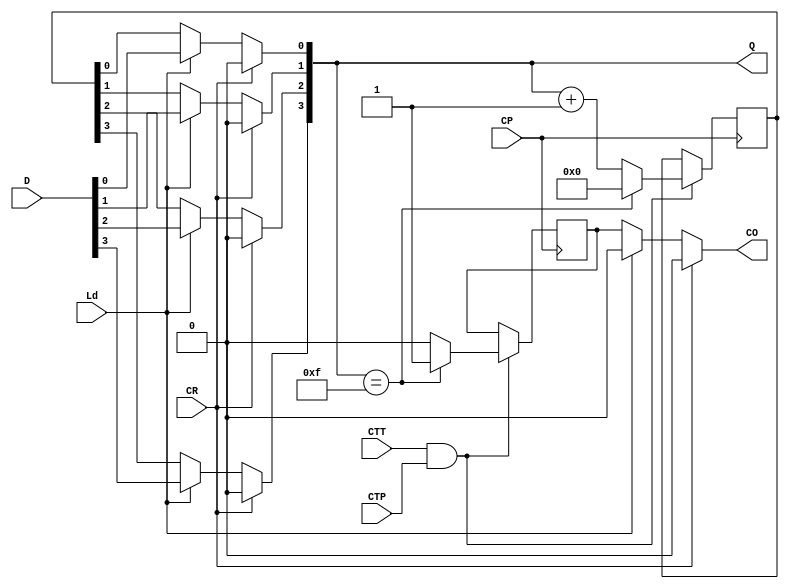
`timescale 1ns / 1ps
//////////////////////////////////////////////////////////////////////////////////
// Company: 
// Engineer: 
// 
// Design Name: 
// Module Name:    My74LS161 
// Project Name: 
// Target Devices: 
// Tool versions: 
// Description: 
//
// Dependencies: 
//
// Revision: 
// Revision 0.01 - File Created
// Additional Comments: 
//
//////////////////////////////////////////////////////////////////////////////////

// 16 
module My74LS161(
	input wire CP, // clk
	input wire CR, //  CR = 1, , , 
	input wire Ld, // Ld = 1,  RESET  D, , 
	input wire CTT, // ENABLE
	input wire CTP, // ENABLE,  ENABLE  1 
	input wire [3:0] D, // RESET 
	output wire [3:0] Q, // 
	output wire CO // 
);
	reg [3:0] c;
	reg co;
	
	initial begin 
		c = 4'b0000;
		co = 1'b0;
	end
	
	assign Q[0] = CR ? (1'b0) : (Ld ? (D[0]) : (c[0]));
	assign Q[1] = CR ? (1'b0) : (Ld ? (D[1]) : (c[1]));
	assign Q[2] = CR ? (1'b0) : (Ld ? (D[2]) : (c[2]));
	assign Q[3] = CR ? (1'b0) : (Ld ? (D[3]) : (c[3]));
	assign CO = CR ? (1'b0) : (Ld ? 1'b0 : co);
	
	always @(posedge CP) begin
		if (CTT & CTP) begin
			if (Q == 4'b1111) begin
				c <= 4'b0000;
				co <= 1'b1;
			end else begin
				c <= Q + 4'b0001;
				co <= 1'b0;
			end
		end
	end 
endmodule